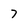
Character: 7